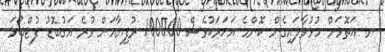
ނ. އަތޮޅަށް ހުޅުވާލައިގެން ކޮންމެ އަހަރަކުވެސް 100000 ރުފިޔާއަށް ވުރެ އަގުބޮޑު ފުޓްބޯޅަ